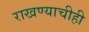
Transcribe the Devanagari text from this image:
राखण्याचीही